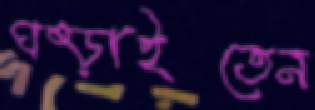
ঘষ্‌ড়াইতেন